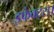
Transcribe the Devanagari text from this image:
इफेक्ट्स।